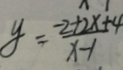
y = \frac { - 2 + 2 x + 4 } { x - 1 }